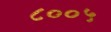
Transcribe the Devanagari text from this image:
८००५